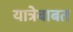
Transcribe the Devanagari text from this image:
यात्रेबाबत